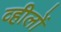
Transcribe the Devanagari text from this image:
व्हीलों